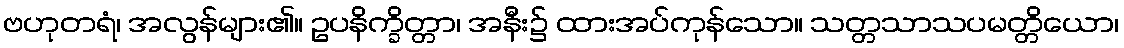
ဗဟုတရံ၊ အလွန်များ၏။ ဥပနိက္ခိတ္တာ၊ အနီး၌ ထားအပ်ကုန်သော။ သတ္တသာသပမတ္တိယော၊